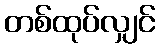
တစ်ထုပ်လျှင်